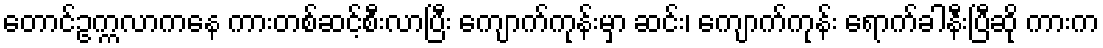
တောင်ဥက္ကလာကနေ ကားတစ်ဆင့်စီးလာပြီး ကျောက်ကုန်းမှာ ဆင်း၊ ကျောက်ကုန်း ရောက်ခါနီးပြီဆို ကားက